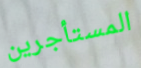
المستأجرين